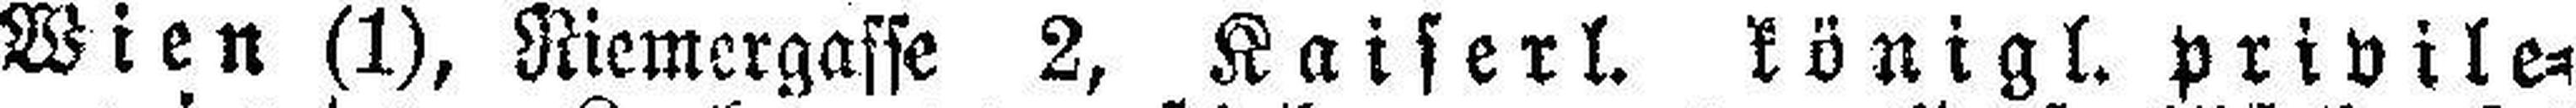
Wien (1), Niemergasse 2, Kaiserl. königl. privile¬